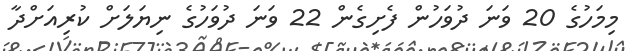
މިމަހުގެ 20 ވަނަ ދުވަހުން ފެށިގެން 22 ވަނަ ދުވަހުގެ ނިޔަލަށް ކުރިއަށްދާ